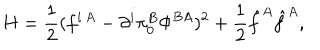
H = \frac { 1 } { 2 } ( f ^ { i \, A } - \partial ^ { i } \pi _ { 0 } ^ { B } \Phi ^ { B A } ) ^ { 2 } + \frac { 1 } { 2 } \hat { f } ^ { A } \hat { f } ^ { A } ,